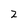
Character: 2